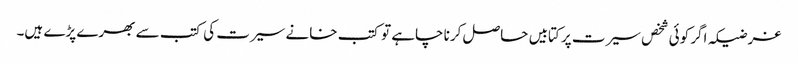
غرضیکہ اگر کوئی شخص سیرت پر کتابیں حاصل کرنا چاہے تو کتب خانے سیرت کی کتب سے بھرے پڑے ہیں۔